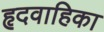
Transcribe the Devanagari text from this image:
हृदवाहिका